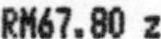
RM67.80 Z